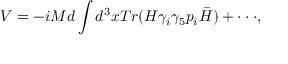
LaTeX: V = - i M d \int d ^ { 3 } x T r ( H \gamma _ { i } \gamma _ { 5 } p _ { i } \bar { H } ) + \cdot \cdot \cdot ,